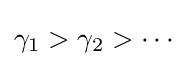
\gamma _{1}>\gamma _{2}>\cdots